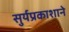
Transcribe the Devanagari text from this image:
सुर्यप्रकाशाने